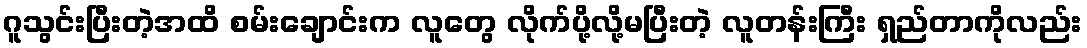
ဂူသွင်းပြီးတဲ့အထိ စမ်းချောင်းက လူတွေ လိုက်ပို့လို့မပြီးတဲ့ လူတန်းကြီး ရှည်တာကိုလည်း